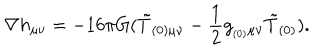
\nabla h _ { \mu \nu } = - 1 6 \pi G ( \tilde { T } _ { ( 0 ) \mu \nu } - \frac { 1 } { 2 } g _ { _ { ( 0 ) } \mu \nu } \tilde { T } _ { ( 0 ) } ) .